Tezpur Lunatic Asylum reports 1877-1894 - 1877-1894
Year: 1877
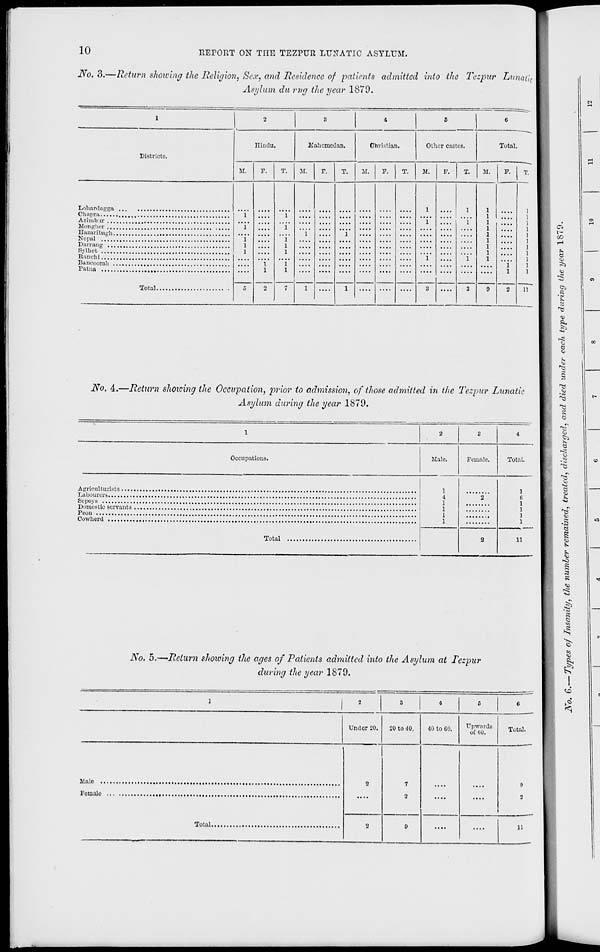
10
EErOIlT ON THE TEZPUR LUNATIC ASYLUM.
No. 3.—Return showing the Religion, Sex, and Residence of patients admitted into the Tezpur Litnatic
Asylum du rrig the year 1879.
1
2
3
4
6
6
Districts.
niiuiu.
Kohomcdan.
Obvistlan.
Other castes.
Total.
M.
F.
T.
M.
r.
T.
M.
F.
T.
M.
P.
T.
M.
F. I T.
Lolianlagga ..
....
1
....
"i*
I
I
....
I
"i*
....
"i"
....
1
....
....
3
....
1
....
....
1
1
1
1
1
1
1
1
1
....
1
1
...
1
1
1
I
Sylhct
0
2
7
i
—
I
....
3
9
2
11
ft-
No. 4.—Return showing the Occupation, prior to admission, of those admitted in the Tezpur Lunatic
Asylum during the year 1879.
^3
1
2
3
4
Occupations.
Male.
Female.
Total.
1
4
1
1
1
1
2
1
C
1
1
1
1
2
11
1
Ss
S
No, 5.—Return showing the ages of Patients admitted into the Asylum at Tezpur
during the year 1879.
1 " -
3
4
0
0
Under 20.
20 to 40.
40 to CO.
Upwards
o£ GO.
Total.
2
7
9
0
9
n
....
....
11
era